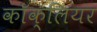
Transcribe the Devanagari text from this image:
काॅक्लियर